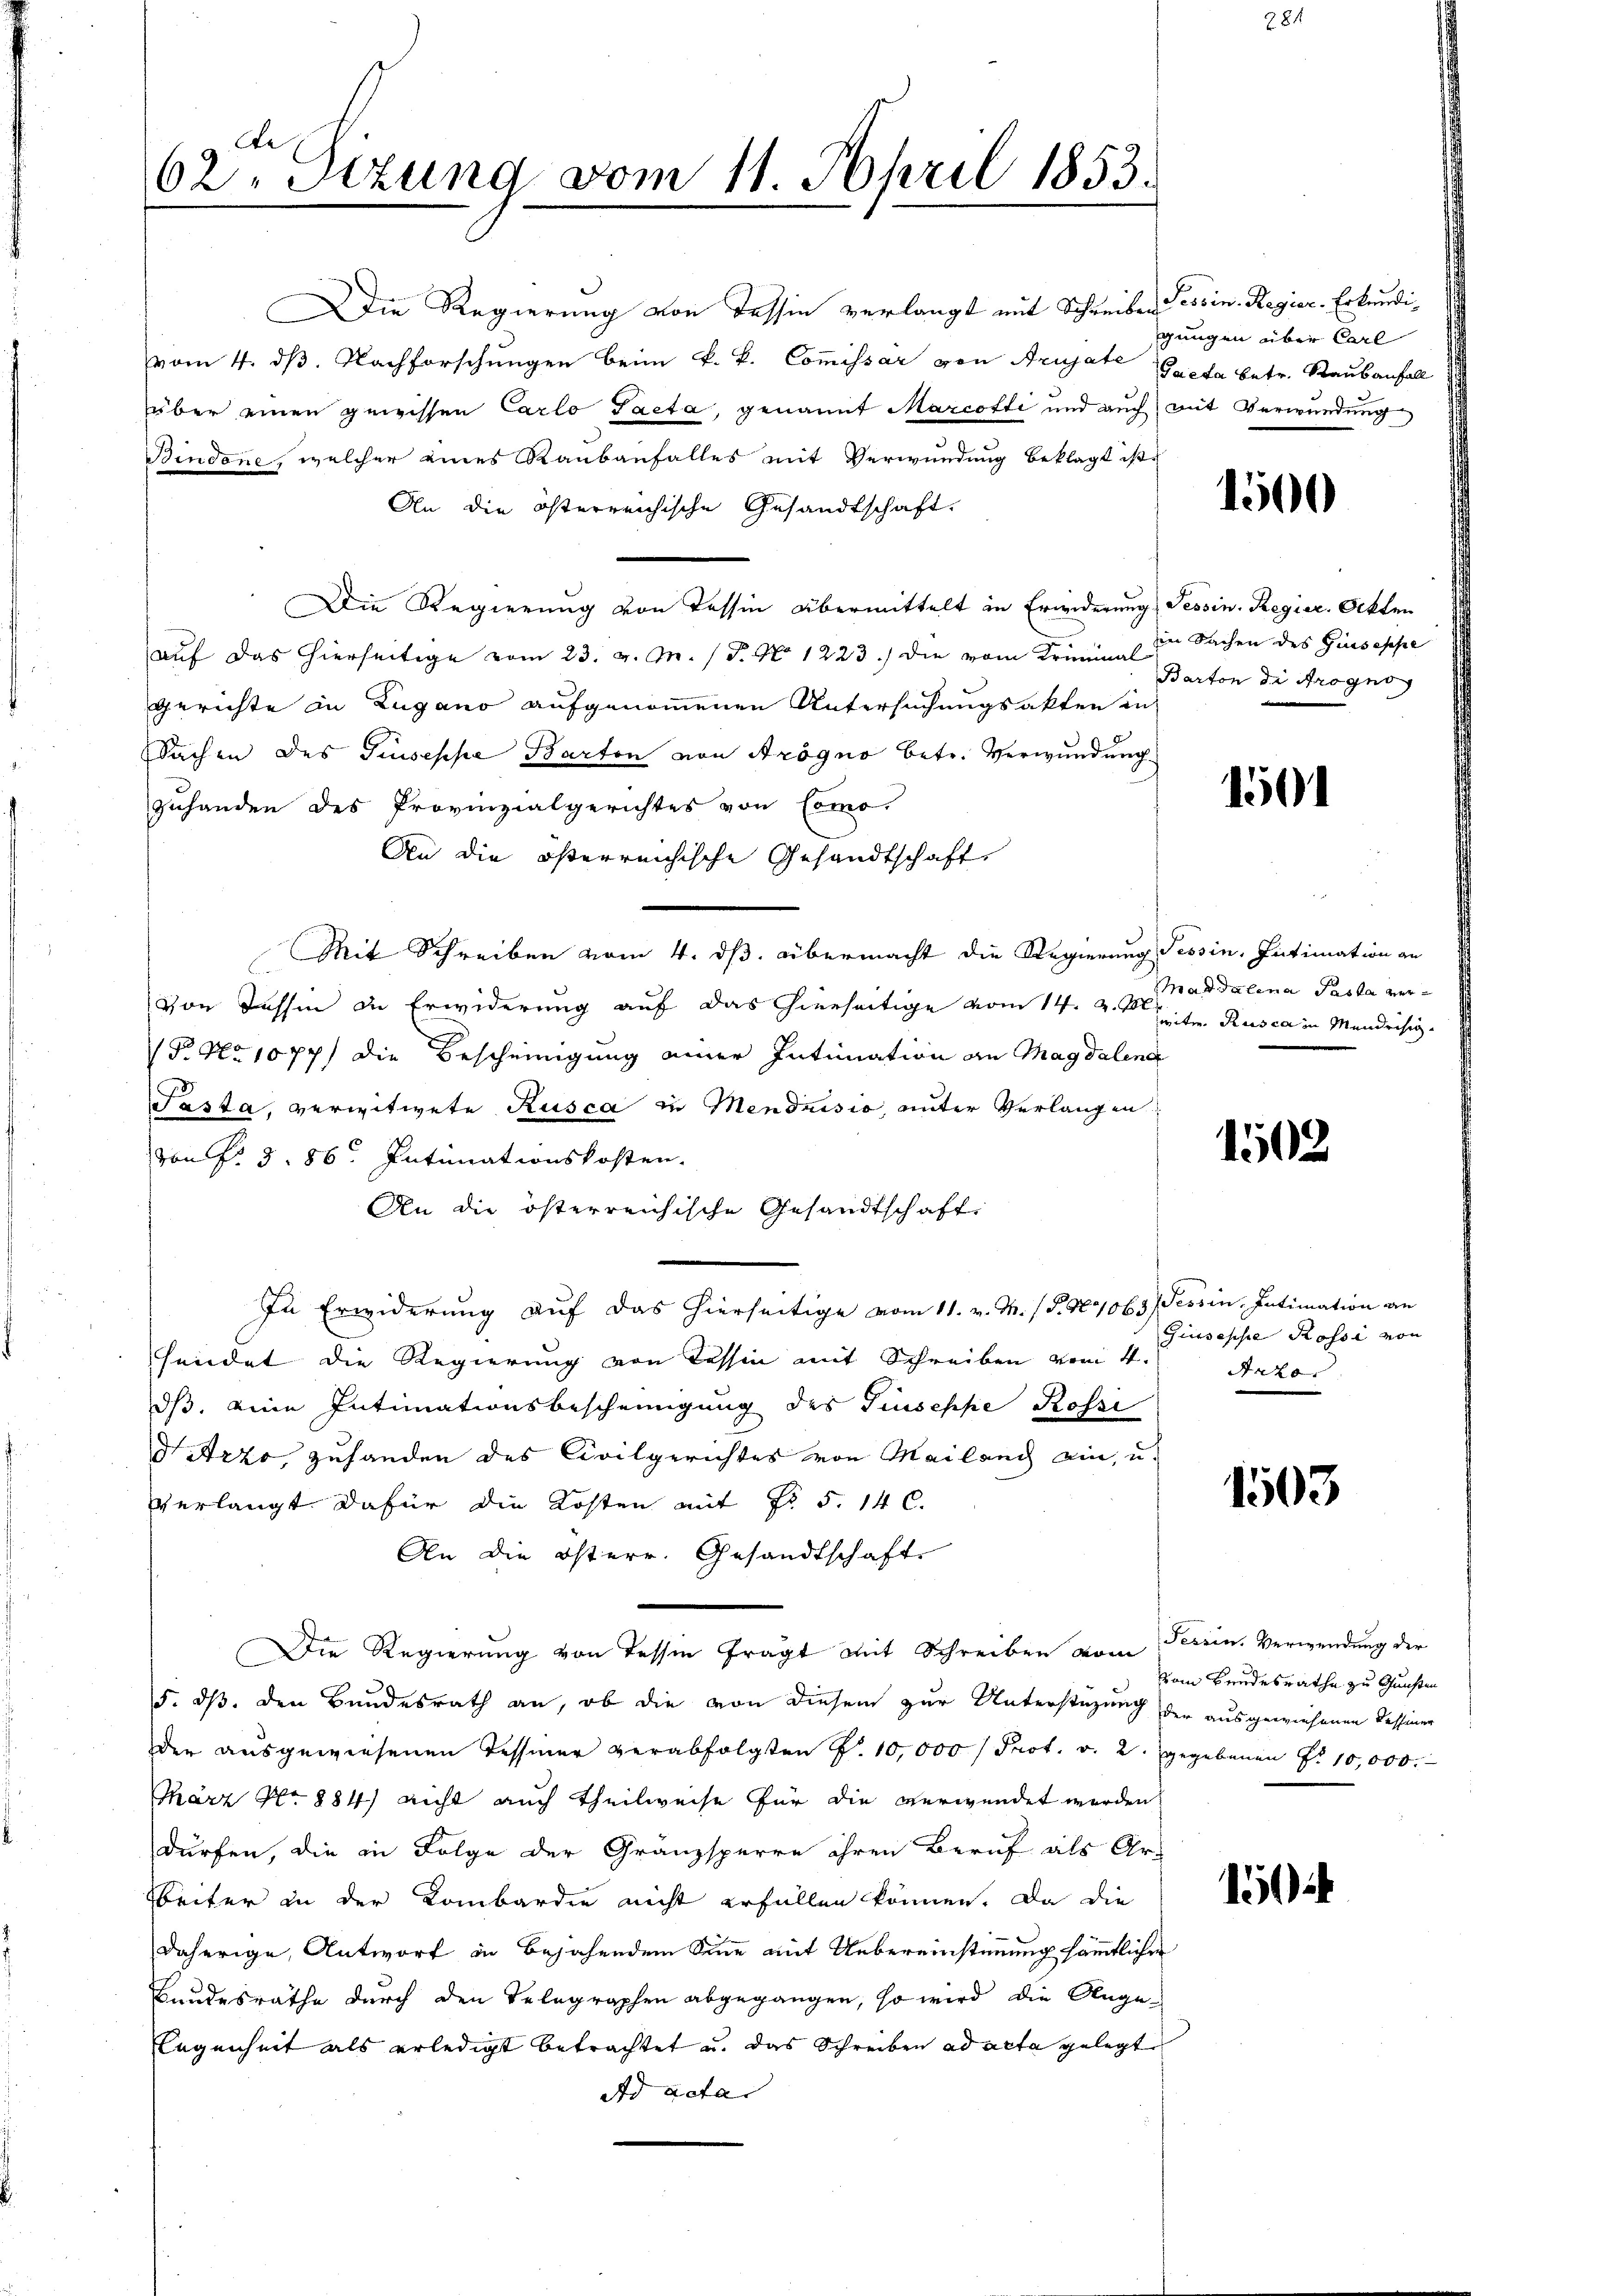
Die Regierung von Tessin verlangt mit Schreiben Tessin. Regier-Erkundivom 4. dß. Nachforschungen beim k. k. Commissar von Arujate (Gaeta betr. Raubanfall
über einen gewissen Carlo Pacta, genannt Marcotti und auch mit Verwundung
Bindone, welcher eines Raubanfalles mit Verwundung beklagt ist.
An die österreichische Gesandtschaft.
Die Regierung von Tessin übermittelt in Erwiderung Tessin. Regier. Otten
auf das hierseitige vom 23. v. M. (T. No. 1223.) Die vom Kriminal
gerichte in Zugano aufgenommenen Untersuchungsakten in
Sachen des Giuseppe Barton von Arogno betr. Verwundung
zuhanden des Provinzialgerichtes von Como-
An die österreichische Gesandtschaft
Mit Schreiben vom 4. ds. übermacht die Regierung Tessin, Intimation an
von Tessin die Erwiderung auf das hierseitige vom 14. d. d. h. Rusca in Mendrisig¬
 No 1077) die Bescheinigung einer Intimation an Magdalena
Tasta, verwitwete Rusca in Mendrisio, unter Verlangen
von P. §. 86. Intimationskosten.
An die österreichische Gesandtschaft
In Erwiderung aŭf das hierseitige vom 11. v. M. (S. 267069) Tessin, Intimation an
fundet die Regierung von Tessin mit Schreiben vom 4. Jako
dß, eine Intimationsbescheinigung des Giuseppe Rossi
Nitzzo, zuhanden des Civilgerichtes von Mailang ein, u.
verlangt dafür die Kosten mit No 5. 140.
An die Osterr. Gesandtschaft.
Die Regierung von dessen fragt mit Schreiben vom Tessin. Verwendung der
5. ds. den Bundesrath an, ob die von diesem zur Unterstüzung der ausgewiesenen Dessiner
der ausgewiesenen Tessiner verabfolgten §. 10,000 / Prot. v. 2. gegebenen S. 10,000.
März No. 884) nicht auch Theilweise für die verwendet werden
dürfen, die in Folge der Gränzsperre ihren Beruf als Ar-
Weiter in der Lombardie nicht erfüllen können. Da die
daherige, Antwort in bejahendem Sinne mit Uebereinstimmung sämmtlicher
Kundesräthe durch den Telegraphen abgegangen, so wird die Angelegenheit als erledigt betrachtet u. das Schreiben ad acta gelegt
ad acta.

62. Sitzung vom 11. April 1853.

gungen über Carl

1500

in Sachen des Giuseppe
Barton die Arogno

1501

Magdalena Pasta ver¬

1502

Giuseppe Rossi von

1503.

vom Bundesrathe zu Gunsten

150